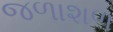
જળાશળ